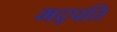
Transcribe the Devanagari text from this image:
मद्पति